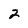
Character: 2